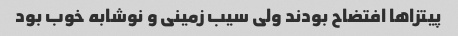
پیتزاها افتضاح بودند ولی سیب زمینی و نوشابه خوب بود